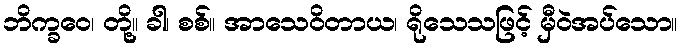
ဘိက္ခဝေ၊ တို့။ ခါ၊ စစ်။ အာသေဝိတာယ၊ ရိုသေသဖြင့် မှီဝဲအပ်သော။